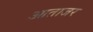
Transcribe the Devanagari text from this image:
आताजर